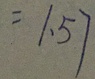
= 1 . 5 7